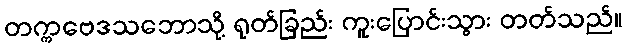
တက္ကဗေဒသဘောသို့ ရုတ်ခြည်း ကူးပြောင်းသွား တတ်သည်။